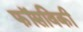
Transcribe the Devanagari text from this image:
फॉसविकी